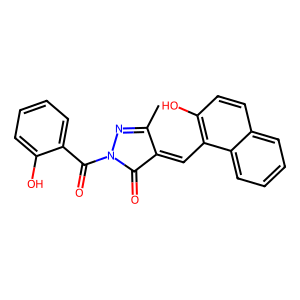
SMILES: CC1=NN(C(=O)c2ccccc2O)C(=O)C1=Cc1c(O)ccc2ccccc12
Inhibits HIV replication: No